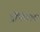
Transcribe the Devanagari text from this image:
द्रौंफील्ड